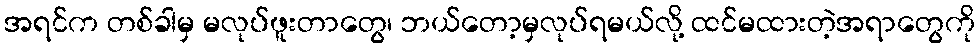
အရင်က တစ်ခါမှ မလုပ်ဖူးတာတွေ၊ ဘယ်တော့မှလုပ်ရမယ်လို့ ထင်မထားတဲ့အရာတွေကို